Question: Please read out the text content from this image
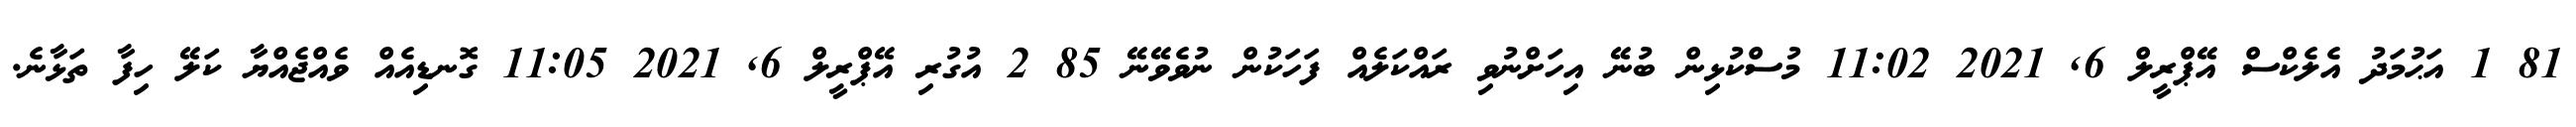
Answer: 81 1 އަޙުމަދު އެލެކްސް އޭޕްރީލް 6, 2021 11:02 މުސްކުޅިން ބުނޭ އިހަށްނުވި ރައްކަލެއް ފަހަކުން ނުވެވޭނޭ 85 2 އުގުރި އޭޕްރީލް 6, 2021 11:05 ގޮނޑިއެއް ވެއްޖެއްޔާ ކަލޭ ހިފާ ތަޅާނެ.